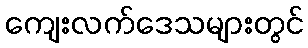
ကျေးလက်ဒေသများတွင်